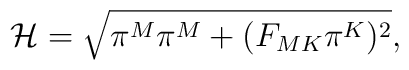
{\cal H}=\sqrt{ \pi^M\pi^M +(F_{MK}\pi^K)^2 } ,